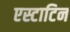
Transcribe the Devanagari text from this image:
एस्टाटिन